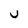
Character: U